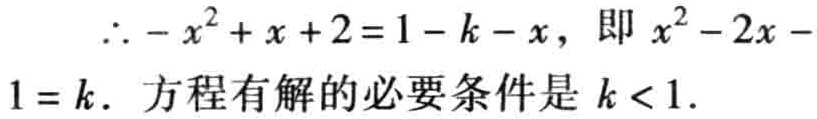
\(\therefore -x^{2}+x + 2 = 1 - k - x，即x^{2}-2x - 1 = k．方程有解的必要条件是k < 1.\)